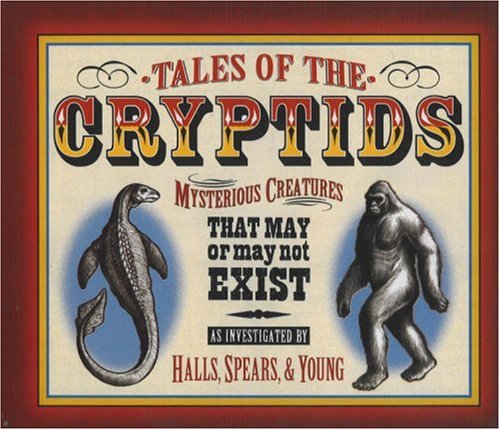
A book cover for Tales of the Cryptids: Mysterious Creatures That May or May Not Exist (Darby Creek Publishing); Kelly Milner Halls; Children's Books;